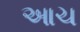
આચ